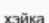
хэйка